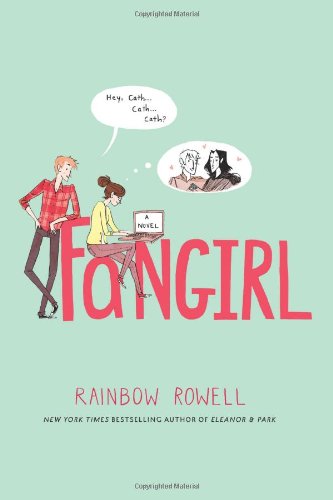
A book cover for Fangirl: A Novel; Rainbow Rowell; Teen & Young Adult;